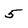
Character: 5